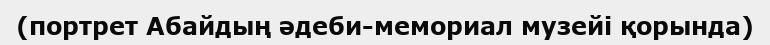
(портрет Абайдың әдеби-мемориал музейі қорында)